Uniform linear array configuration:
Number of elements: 4
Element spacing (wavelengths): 0.75
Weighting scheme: uniform
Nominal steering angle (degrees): -60
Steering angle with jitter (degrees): -59.373
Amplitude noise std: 0.05
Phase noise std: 0.05

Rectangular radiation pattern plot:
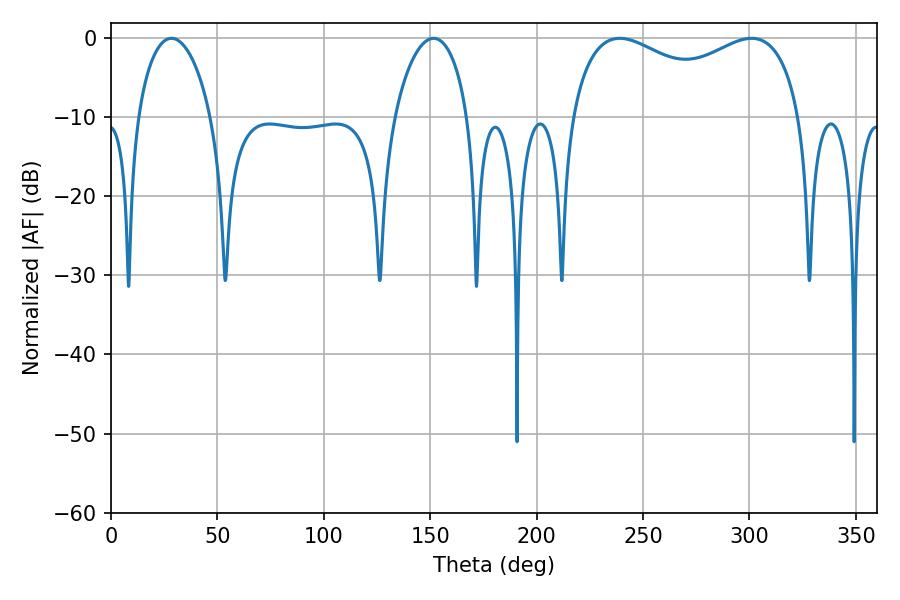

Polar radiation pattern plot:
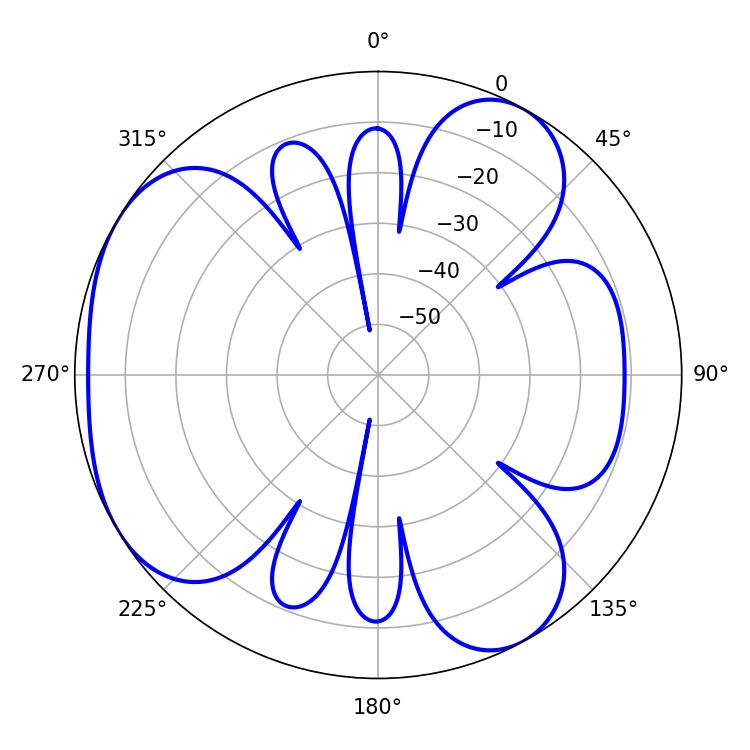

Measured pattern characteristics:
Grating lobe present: TRUE
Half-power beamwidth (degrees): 90
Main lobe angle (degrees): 239.04